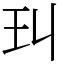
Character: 㺩